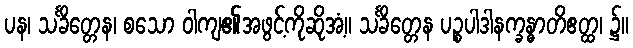
ပန၊ သင်္ခိတ္တေန၊ စသော ဝါကျ၏အဖွင့်ကိုဆိုအံ့။ သင်္ခိတ္တေန ပဉ္စပါဒါနက္ခန္ဓာတိဧတ္ထ၊ ၌။